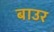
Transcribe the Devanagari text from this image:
बाउर